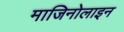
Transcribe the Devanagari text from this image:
माजिनोलाइन